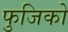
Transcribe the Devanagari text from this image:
फुजिको